Report on horse surra - Volume II, Part I
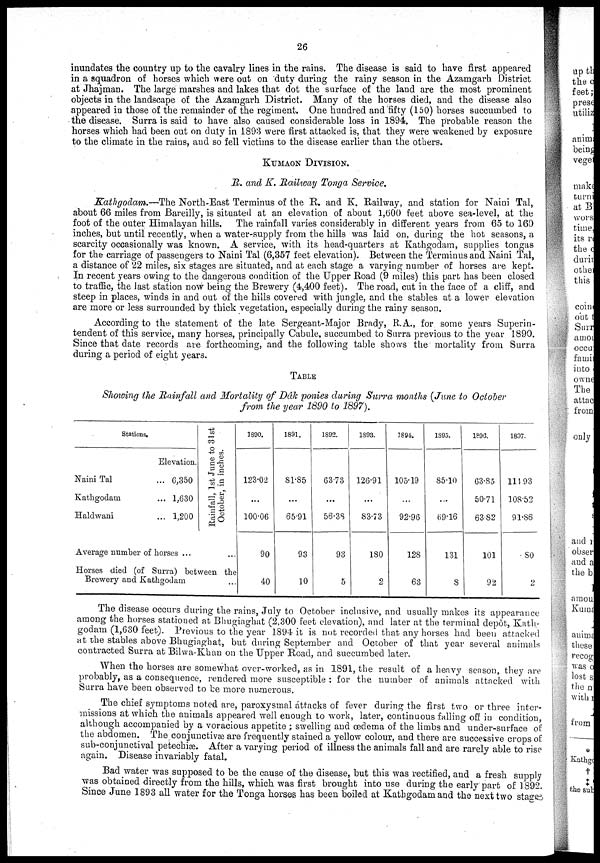
26
inundates the country up to the cavalry lines in the rains. The disease is said to have first appeared
in a squadron of horses which were out on duty during the rainy season in the Azamgarh District
at Jhajman. The large marshes and lakes that dot the surface of the land are the most prominent
objects in the landscape of the Azamgarh District. Many of the horses died, and the disease also
appeared in those of the remainder of the regiment. One hundred and fifty (150) horses succumbed to
the disease. Surra is said to have also caused considerable loss in 1894. The probable reason the
horses which had been out on duty in 1893 were first attacked is, that they were weakened by exposure
to the climate in the rains, and so fell victims to the disease earlier than the others.
KUMAON DIVISION.
R. and K. Railway Tonga Service.
Kathgodam.—The North-East Terminus of the R. and K. Railway, and station for Naini Tal,
about 66 miles from Bareilly, is situated at an elevation of about 1,600 feet above sea-level, at the
foot of the outer Himalayan hills. The rainfall varies considerably in different years from 65 to 160
inches, but until recently, when a water-supply from the hills was laid on, during the hot seasons, a
scarcity occasionally was known. A service, with its head-quarters at Kathgodam, supplies tongas
for the carriage of passengers to Naini Tal (6,357 feet elevation). Between the Terminus and Naini Tal,
a distance of 22 miles, six stages are situated, and at each stage a varying number of horses are kept.
In recent years owing to the dangerous condition of the Upper Road (9 miles) this part has been closed
to traffic, the last station now being the Brewery (4,400 feet). The road, cut in the face of a cliff, and
steep in places, winds in and out of the hills covered with jungle, and the stables at a lower elevation
are more or less surrounded by thick vegetation, especially during the rainy season.
According to the statement of the late Sergeant-Major Brady, R.A., for. some years Superin-
tendent of this service, many horses, principally Cabule, succumbed to Surra previous to the year 1890.
Since that date records are forthcoming, and the following table shows the mortality from Surra
during a period of eight years.
TABLE
Showing the Rainfall and Mortality of Dâk ponies during Surra months (June to October
from the year 1890 to 1897).
Stations.
Naini Tal
Kathgodam
Haldwani
Elevation.
... 6,350
... 1,630
... 1,200
Average number of horses ...
Rainfall, 1st June to 31st
October, in inches.
Horses died (of Surra) between the
Brewery and Kathgodam
1890.
123.02
...
100.06
90
40
1891.
81.85
...
65.91
93
10
1892.
63.73
...
56.38
93
5
1893.
126.91
...
83.73
180
2
1894.
105.19
...
92.96
128
63
1895.
85.10
...
69.16
131
8
1896.
63.85
50.71
63.82
101
92
1897.
114.93
108.52
91.86
80
The disease occurs during the rains, July to October inclusive, and usually makes its appearance
among the horses stationed at Bhugiaghat (2,300 feet elevation), and later at the terminal depôt, Kath-
godam (1,630 feet). Previous to the year 1894 it is not recorded that any horses had been attacked
at the stables above Bhugiaghat, but during September and October of that year several animals
contracted Surra at Bilwa-Khan on the Upper Road, and succumbed later.
When the horses are somewhat over-worked, as in 1891, the result of a heavy season, they are
probably, as a consequence, rendered more susceptible : for the number of animals attacked with
Surra have been observed to be more numerous.
The chief symptoms noted are, paroxysmal attacks of fever during the first two or three inter-
missions at which the animals appeared well enough to work, later, continuous falling off in condition,
although accompanied by a voracious appetite ; swelling and œdema of the limbs and under-surface of
the abdomen. The conjunctivæ are frequently stained a yellow colour, and there are successive crops of
sub-conjunctival petechiæ. After a varying period of illness the animals fall and are rarely able to rise
again. Disease invariably fatal.
Bad water was supposed to be the cause of the disease, but this was rectified, and a fresh supply
was obtained directly from the hills, which was first brought into use during the early part of 1892.
Since June 1893 all water for the Tonga horses has been boiled at Kathgodam and the next two stages